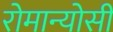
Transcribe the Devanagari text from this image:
रोमान्योसी